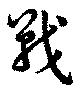
戰